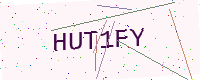
Text: HUT1FY